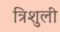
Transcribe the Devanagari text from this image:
त्रिशुली